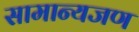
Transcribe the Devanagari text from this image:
सामान्यजण